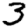
Digit: 3